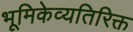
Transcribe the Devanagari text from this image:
भूमिकेव्यतिरिक्त